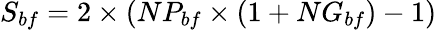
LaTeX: S_{bf}=2\times\left(NP_{bf}\times\left(1+NG_{bf}\right)-1\right)